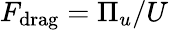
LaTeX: F_{\mathrm{drag}}=\Pi_{u}/U